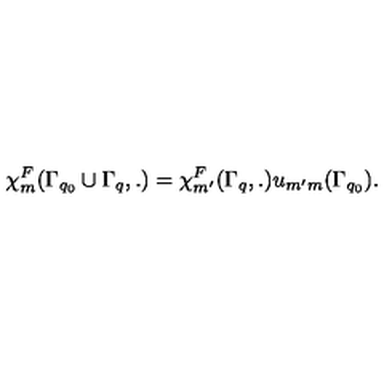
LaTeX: \chi _ { m } ^ { F } ( \Gamma _ { q _ { 0 } } \cup \Gamma _ { q } , . ) = \chi _ { m ^ { \prime } } ^ { F } ( \Gamma _ { q } , . ) u _ { m ^ { \prime } m } ( \Gamma _ { q _ { 0 } } ) .